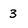
Character: 3